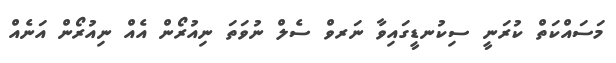
މަސައްކަތް ކުރަނީ ސިކުނޑީގައިވާ ނަރވް ސެލް ނުވަތަ ނިއުރޯން އެއް ނިއުރޯން އަނެއް